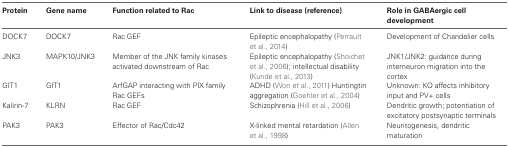
<table><thead><tr><td><b>Protein</b></td><td><b>Gene name</b></td><td><b>Function related to Rac</b></td><td><b>Link to disease (reference)</b></td><td><b>Role in GABAergic cell development</b></td></tr></thead><tbody><tr><td>DOCK7</td><td>DOCK7</td><td>Rac GEF</td><td>Epileptic encephalopathy (Perrault et al., 2014)</td><td>Development of Chandelier cells</td></tr><tr><td>JNK3</td><td>MAPK10/JNK3</td><td>Member of the JNK family kinases activated downstream of Rac</td><td>Epileptic encephalopathy (Shoichet et al., 2006); intellectual disability (Kunde et al., 2013)</td><td>JNK1/JNK2: guidance during interneuron migration into the cortex</td></tr><tr><td>GIT1</td><td>GIT1</td><td>ArfGAP interacting with PIX family Rac GEFs</td><td>ADHD (Won et al., 2011) Huntingtin aggregation (Goehler et al., 2004)</td><td>Unknown: KO affects inhibitory input and PV+ cells</td></tr><tr><td>Kalirin-7</td><td>KLRN</td><td>Rac GEF</td><td>Schizophrenia (Hill et al., 2006)</td><td>Dendritic growth; potentiation of excitatory postsynaptic terminals</td></tr><tr><td>PAK3</td><td>PAK3</td><td>Effector of Rac/Cdc42</td><td>X-linked mental retardation (Allen et al., 1998)</td><td>Neuritogenesis, dendritic maturation</td></tr></tbody></table>